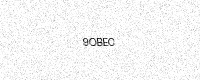
Text: 9OBEC